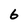
Character: 6